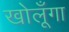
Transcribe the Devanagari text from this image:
खोलूँगा